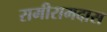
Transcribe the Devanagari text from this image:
रामीरामदास